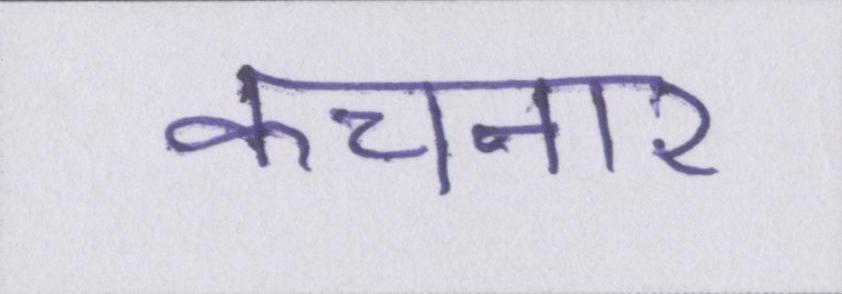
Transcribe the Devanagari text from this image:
कचनार